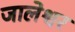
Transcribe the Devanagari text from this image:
जालेश्वर